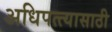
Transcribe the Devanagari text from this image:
अधिपत्त्यासाठी